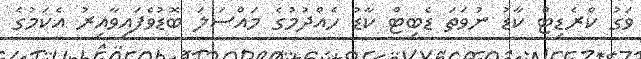
ވަގު ކްރެޑިޓް ކާޑު ނުވަތަ ޑެބިޓް ކާޑު ހެއްދުމުގެ މައްސަލަ ބޮޑުވެފައިވާއިރު އެކަމުގެ